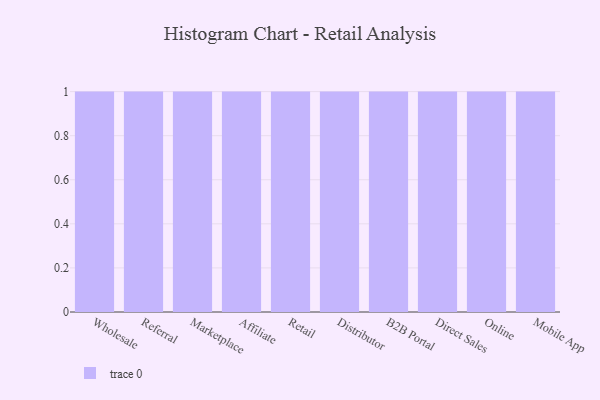
{"axis": {"x": "Channel", "y": "Energy Usage (MWh)"}, "legend": [""], "data": [{"x": "Wholesale", "y": 83, "type": ""}, {"x": "Referral", "y": 1, "type": ""}, {"x": "Marketplace", "y": 84, "type": ""}, {"x": "Affiliate", "y": 87, "type": ""}, {"x": "Retail", "y": 78, "type": ""}, {"x": "Distributor", "y": 54, "type": ""}, {"x": "B2B Portal", "y": 67, "type": ""}, {"x": "Direct Sales", "y": 95, "type": ""}, {"x": "Online", "y": 23, "type": ""}, {"x": "Mobile App", "y": 13, "type": ""}]}